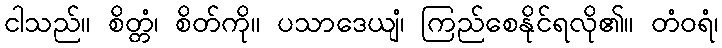
ငါသည်။ စိတ္တံ၊ စိတ်ကို။ ပသာဒေယျံ၊ ကြည်စေနိုင်ရလို၏။ တံဝရံ၊